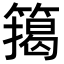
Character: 𮆉